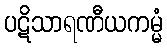
ပဋိသာရဏီယကမ္မံ